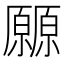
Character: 𰆬